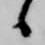
候